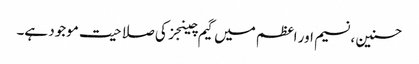
حسنین ، نسیم اور اعظم میں گیم چینجز کی صلاحیت موجود ہے۔